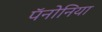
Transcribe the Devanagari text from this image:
पॅनोनिया